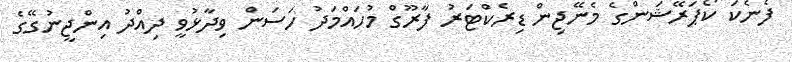
ފެނެކަ ކޯޕަރޭޝަންގެ މެނޭޖިން ޑިރެކްޓަރު ފާރޫގް މުހައްމަދު ހަސަން ވިދާޅުވީ ދިއްދު އިންޖީނުގޭގެ